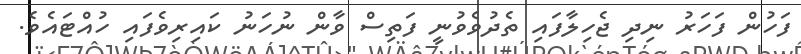
ފަހުން ފަހަރު ނިދި ޖެހިލާފައި ތެދުވެވުނީ ފަތިސް ވާން ނުހަނު ކައިރިވެފައި ހުއްޓައެވެ.